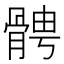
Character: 𩩍